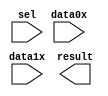
module mux_vga (
	data0x,
	data1x,
	sel,
	result);

	input	[23:0]  data0x;
	input	[23:0]  data1x;
	input	  sel;
	output	[23:0]  result;

endmodule